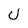
Character: U